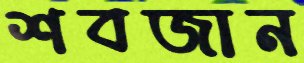
শবজান